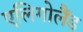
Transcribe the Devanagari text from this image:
एलिगोलैंड